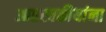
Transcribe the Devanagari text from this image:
आप्तस्वकीयांना